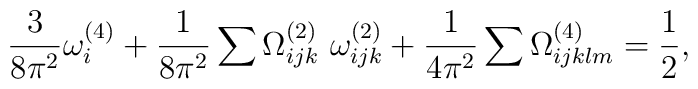
\frac{3}{8\pi^{2}}\omega^{(4)}_{i} + \frac{1}{8\pi^{2}}\sum \Omega^{(2)}_{ijk}~\omega^{(2)}_{ijk} + \frac{1}{4\pi^{2}}\sum \Omega^{(4)}_{ijklm}=\frac{1}{2},